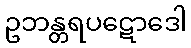
ဥဘန္တရပဋောဒေါ